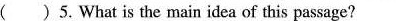
( ) 5. What is the main idea of this passage?